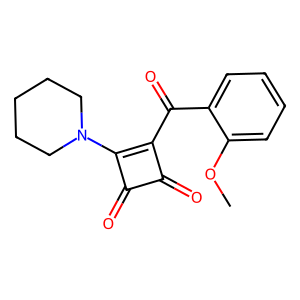
SMILES: COc1ccccc1C(=O)c1c(N2CCCCC2)c(=O)c1=O
Inhibits HIV replication: Yes